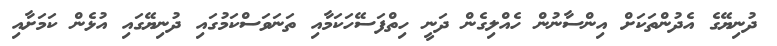
ދުނިޔޭގެ އެދުންތަކަށް އިންސާނުން ހެއްލިގެން ދަނީ ހިތްފަސޭހަކަމާއި ތަނަވަސްކަމުގައި ދުނިޔޭގައި އުޅެން ކަމަށާއި